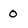
Character: 0